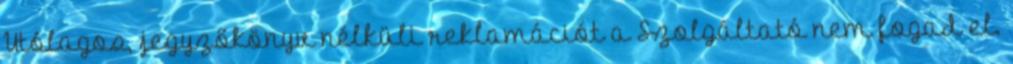
Utólagos, jegyzőkönyv nélküli reklamációt a Szolgáltató nem fogad el.